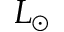
L _ { \odot }